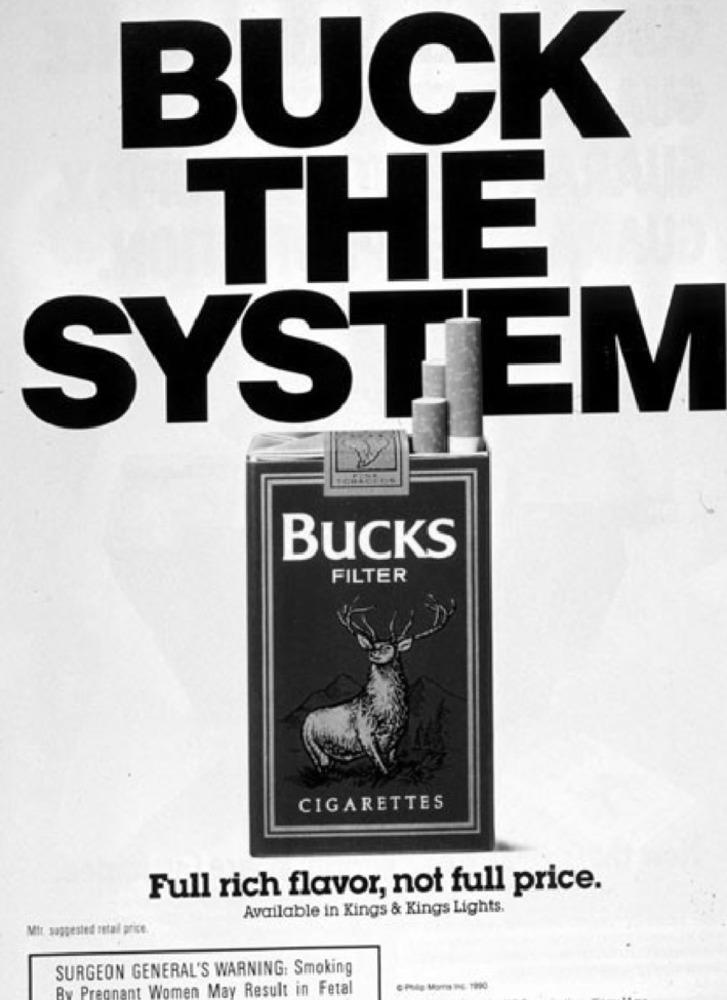
BUCK
THE
SYSTEM
BUCKS
FILTER
CIGARETTES
Full rich flavor, not full price.
Available in Kings & Kings Lights.
Mit suggested retail price.
SURGEON GENERAL'S WARNING: Smoking
By Pregnant Women May Result in Fetal